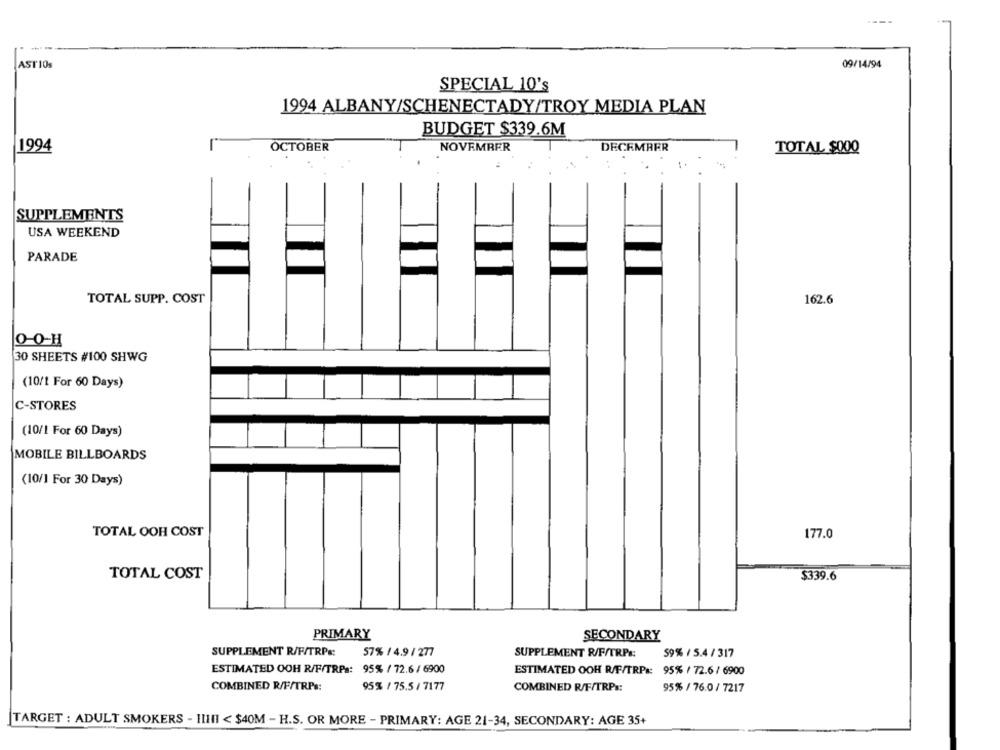
ASTI0s
09/14/94
SPECIAL 10's
1994 ALBANY/SCHENECTADY/TROY MEDIA PLAN
BUDGET $339.6M
1994
OCTOBER
NOVEMBER
DECEMBER
TOTAL $000
SUPPLEMENTS
USA WEEKEND
PARADE
TOTAL SUPP. COST
162.6
O-O-H
30 SHEETS #100 SHWG
(10/1 For 60 Days)
C-STORES
(10/1 For 60 Days)
MOBILE BILLBOARDS
(10/] For 30 Days)
TOTAL OOH COST
177.0
TOTAL COST
$339.6
PRIMARY
SECONDARY
SUPPLEMENT R/F/TRPs:
57% / 4.9 / 277
SUPPLEMENT R/F/TRPs:
59% / 5.4 / 317
ESTIMATED OOH R/F/TRPs: 95% / 72.6 / 6900
ESTIMATED OOH R/F/TRPs: 95% / 72.6 / 6900
COMBINED R/F/TRPs:
95% / 75.5 / 7177
COMBINED R/F/TRPs:
95% / 76.0 / 7217
TARGET : ADULT SMOKERS - IIIII < $40M - H.S. OR MORE - PRIMARY: AGE 21-34, SECONDARY: AGE 35+